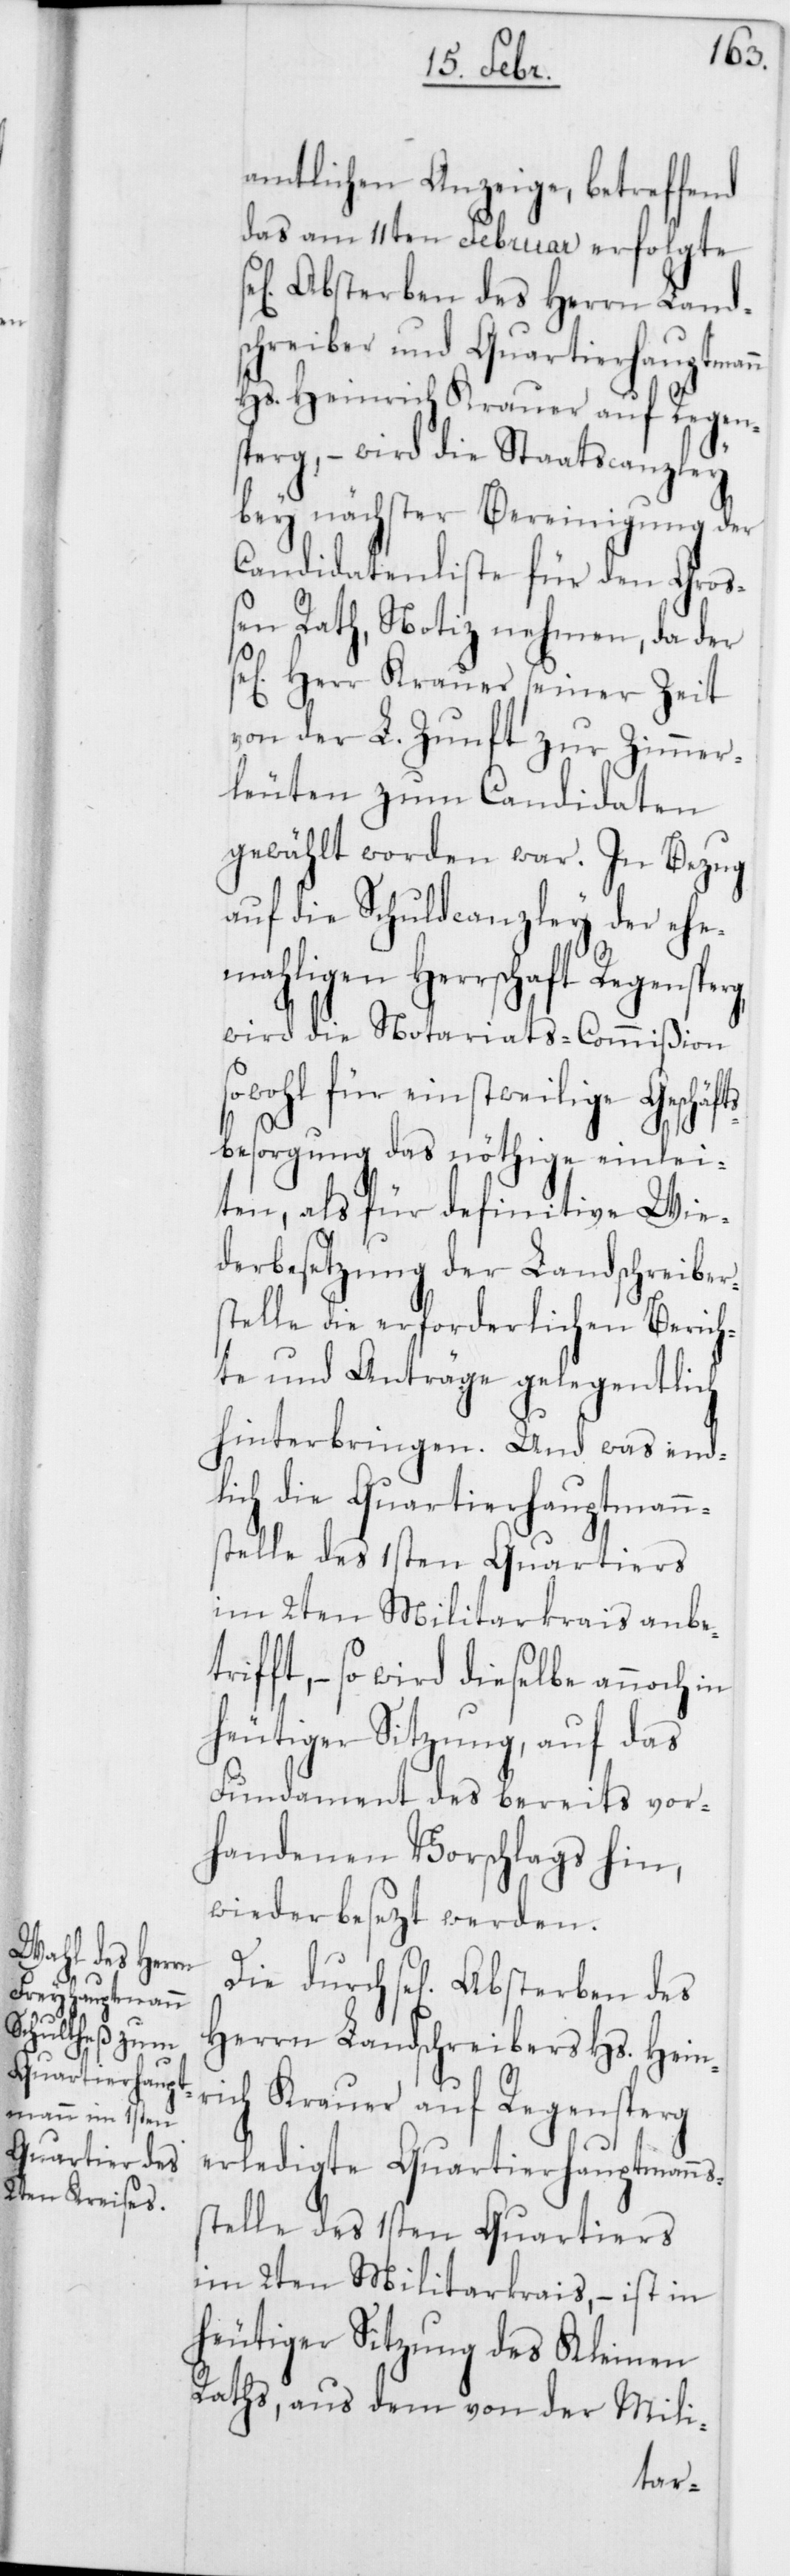
Die

amtlichen Anzeige, betreffend
das am 11ten Februar erfolgte
Absterben des Herrn Land¬
schreiber und Quartierhauptmann
Hs. Heinrich Krauer auf Regen¬
sperg, – wird die Staatscanzley
bey nächster Bereinigung der
Candidatenliste für den Groß¬
en Rath, Notiz nehmen, da der
Herr Krauer seiner Zeit
von der L. Zunft zur Zimmer¬
leuten zum Candidaten
gewählt worden war. In Bezug
auf die Schuldcanzley der ehe¬
maligen Herrschaft Regensperg,
wird die Notariats-Commißion
sowohl für einstweilige Geschäft¬
sbesorgung das nöthige einlei¬
ten, als für definitive Wie¬
derbesetzung der Landschreiber¬
stelle die erforderlichen Berich¬
te und Anträge gelegentlich
hinterbringen. Und was end¬
lich die Quartierhauptmann¬
stelle des 1sten Quartiers
im 2ten Militarkrais anbe¬
ifft, – so wird dieselbe annoch in
heutiger Sitzung, auf das
Fundament des bereits vor¬
handenen Vorschlags hin,
wiederbesezt werden.
Herrn Landschreibers Hs. Heinr¬
ich Krauer auf Regensperg
erledigte Quartierhauptmanns¬
stelle des 1sten Quartiers
im 2ten Militarkrais, – ist in
heutiger Sitzung des Kleinen
Raths, aus dem von der Mili-
tr¬